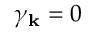
\gamma _ { \textbf k } = 0